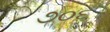
૭૦૬